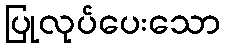
ပြုလုပ်ပေးသော